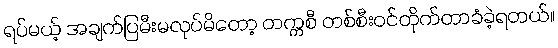
ရပ်မယ့် အချက်ပြမီးမလုပ်မိတော့ တက္ကစီ တစ်စီးဝင်တိုက်တာခံခဲ့ရတယ်။